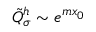
\tilde { Q } _ { \sigma } ^ { h } \sim e ^ { m x _ { 0 } }